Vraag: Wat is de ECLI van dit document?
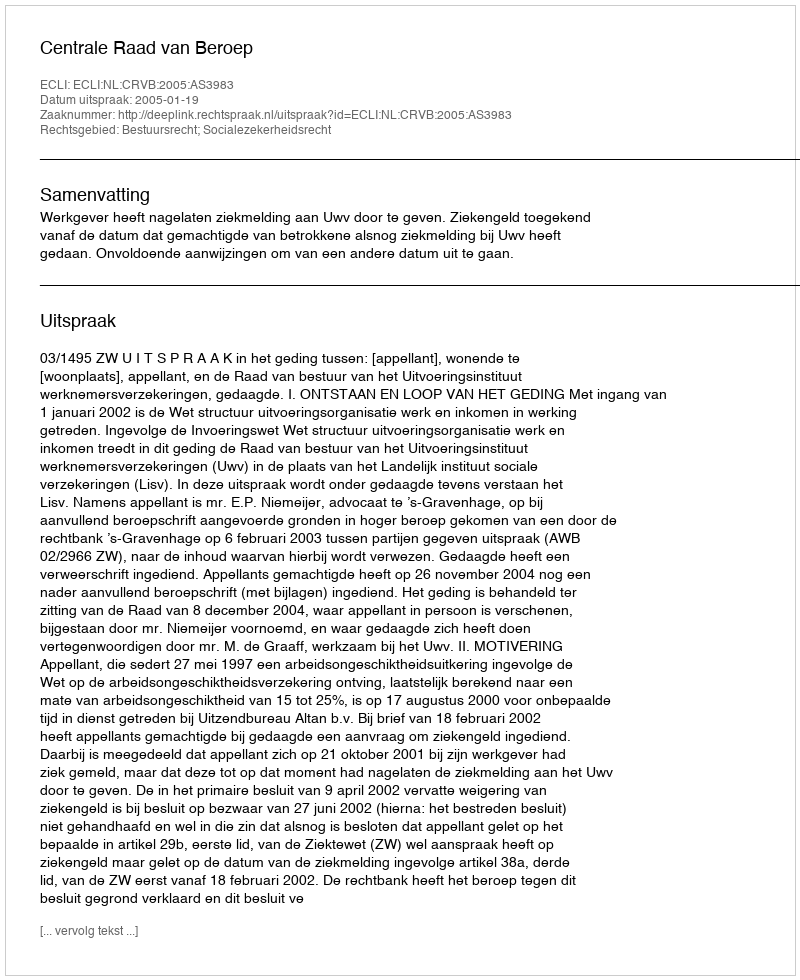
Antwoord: ECLI:NL:CRVB:2005:AS3983